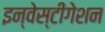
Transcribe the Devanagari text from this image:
इन्वेस्टीगेशन